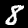
Label: 8